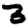
Digit: 3